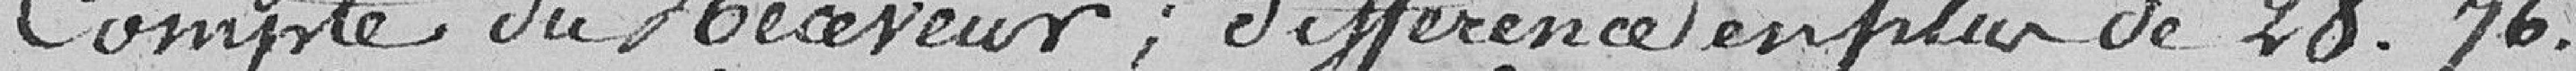
Compte du Receveur ; différence en plus de 28 francs 76 centimes